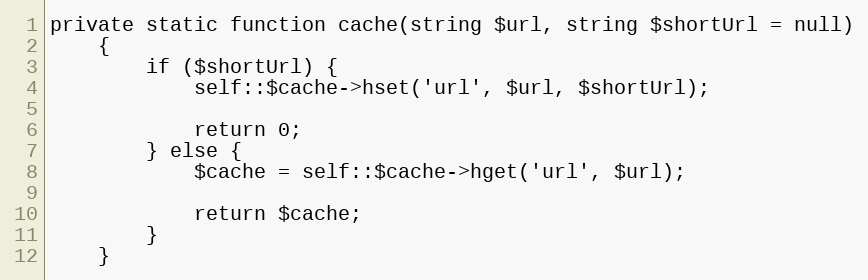
Language: PHP
private static function cache(string $url, string $shortUrl = null)
    {
        if ($shortUrl) {
            self::$cache->hset('url', $url, $shortUrl);

            return 0;
        } else {
            $cache = self::$cache->hget('url', $url);

            return $cache;
        }
    }